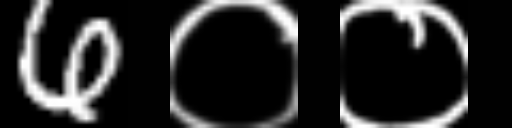
Text: 6००